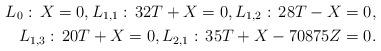
LaTeX: \begin{align*} L_0:\, X=0, L_{1,1}: \,32T+X=0, L_{1,2}: \,28T-X=0,\\ L_{1,3}: \,20T+X=0, L_{2,1}: \,35T+X-70875Z=0. \end{align*}